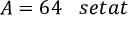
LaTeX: A = 6 4 \; \; \; s e t a t